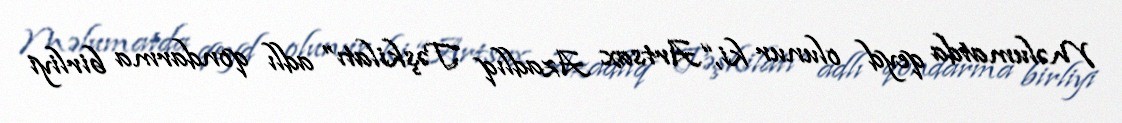
Məlumatda qeyd olunur ki, “Artsax Azadlıq Təşkilatı” adlı qondarma birliyi